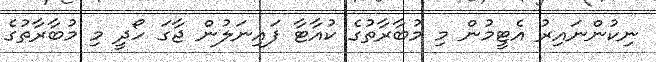
ނިކުންނައިރު އެޓީމުން މި މުބާރާތުގެ ކުއާޓާ ފައިނަލުން ޖާގަ ހޯދީ މި މުބާރާތުގެ